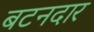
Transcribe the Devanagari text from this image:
बटनदार